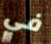
في